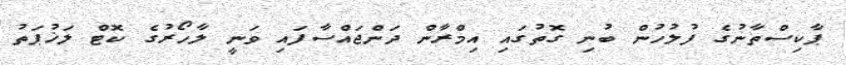
ޕާކިސްތާނުގެ ފުލުހުން ބުނި ގޮތުގައި އިމްރާން ދަންޖައްސާފައި ވަނީ ލާހޯރުގެ ކޮޓް ލަޚުޕަތު